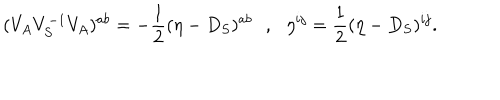
LaTeX: ( V _ { A } V _ { S } ^ { - 1 } V _ { A } ) ^ { a b } = - { \frac { 1 } { 2 } } ( \eta - D _ { S } ) ^ { a b } \, \, \, \, , \, \, \, \, \eta ^ { i j } = { \frac { 1 } { 2 } } ( \eta - D _ { S } ) ^ { i j } .